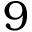
9